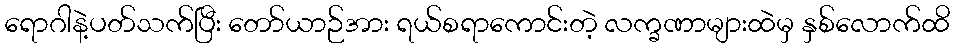
ရောဂါနဲ့ပတ်သက်ပြီး တော်ယာဉ်အား ရယ်စရာကောင်းတဲ့ လက္ခဏာများထဲမှ နှစ်လောက်ထိ